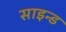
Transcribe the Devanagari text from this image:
साइन्ड